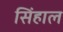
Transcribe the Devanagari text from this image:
सिंहाल